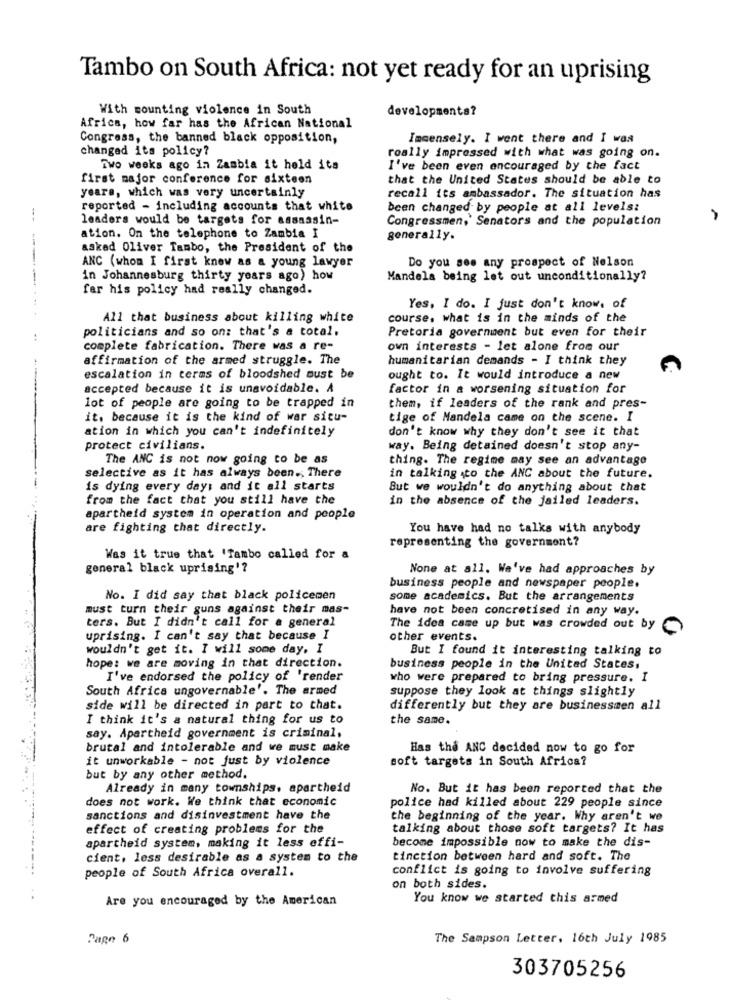
Tambo on South Africa: not yet ready for an uprising
With mounting violence in South
developmenta?
Africa, how far has the African National
Congress, the banned black opposition,
Immensely. I went there and I was
changed its policy?
really impressed with what was going on.
Two weeks ago in Zambia it held its
I've been even encouraged by the fact
first major conference for sixteen
that the United States should be able to
years, which was very uncertainly
recall its ambassador. The situation has
reported - including accounts that white
been changed by people at all levels:
--
leaders would be targets for assassin-
Congressmen,' Senators and the population
ation. On the telephone to Zambia I
generally.
asked Oliver Tambo, the President of the
----
ANC (whom I first know as a young lawyer
Do you see any prospect of Nelson
in Johannesburg thirty years ago) how
Mandela being let out unconditionally?
far his policy had really changed.
Yes, I do. I just don't know, of
All that business about killing white
course. what is in the minds of the
politicians and so onz that's a total.
Pretoria government but even for their
-.
complete fabrication. There was a re-
own interests - let alone from our
affirmation of the armed struggle. The
humanitarian demands - I think they
escalation in terms of bloodshed must be
ought to. It would introduce a new
accepted because it is unavoidable. A
factor in a worsening situation for
lot of people are going to be trapped in
them, if leaders of the rank and pres-
it. because it is the kind of war situ-
tige of Mandela came on the scene. I
ation in which you can't indefinitely
don't know why they don't see it that
protect civilians.
way. Being detained doesn't stop any-
The ANC is not now going to be as
thing. The regime may see an advantage
selective as it has always been .; There
in talking to the ANC about the future.
is dying every day: and it all starts
But we wouldn't do anything about that
from the fact that you still have the
in the absence of the jailed leaders.
apartheid system in operation and people
are fighting that directly.
You have had no talks with anybody
representing the government?
Was it true that 'Tambo called for a
general black uprising'?
None at all. We've had approaches by
business people and newspaper people.
No. I did say that black policemen
some academics. But the arrangements
must turn their guns against their mas-
have not been concretised in any way.
ters. But I didn't call for a general
The idea came up but was crowded out by
uprising. I can't say that because I
other events.
wouldn't get it. I will some day. I
But I found it interesting talking to
hope: we are moving in that direction.
business people in the United States,
I've endorsed the policy of 'render
who were prepared to bring pressure. I
South Africa ungovernable'. The armed
suppose they look at things slightly
side will be directed in part to that.
differently but they are businessmen all
I think it's a natural thing for us to
the same.
say. Apartheid government is criminal,
brutal and intolerable and we must make
Has the ANC decided now to go for
it unworkable - not just by violence
soft targets in South Africa?
but by any other method.
Already in many townships. apartheid
No. But it has been reported that the
does not work. We think that economic
police had killed about 229 people since
sanctions and disinvestment have the
the beginning of the year. Why aren't we
effect of creating problems for the
talking about those soft targets? It has
apartheid system, making it less offi-
become impossible now to make the dis-
cient. less desirable as a system to the
tinction between hard and soft. The
conflict is going to involve suffering
people of South Africa overall.
on both sides.
Are you encouraged by the American
You know we started this armed
Page 6
The Sampson Letter, 16th July 1985
303705256